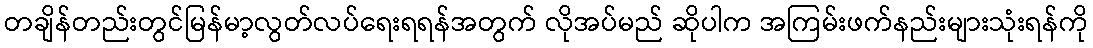
တချိန်တည်းတွင်မြန်မာ့လွတ်လပ်ရေးရရန်အတွက် လိုအပ်မည် ဆိုပါက အကြမ်းဖက်နည်းများသုံးရန်ကို